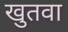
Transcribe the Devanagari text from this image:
खुतवा